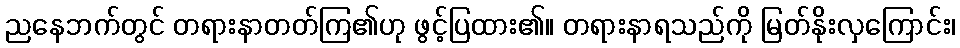
ညနေဘက်တွင် တရားနာတတ်ကြ၏ဟု ဖွင့်ပြထား၏။ တရားနာရသည်ကို မြတ်နိုးလှကြောင်း၊